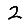
Digit: 2